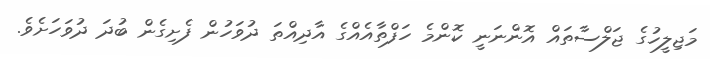
މަޖިލީހުގެ ޖަލްސާތައް އޮންނަނީ ކޮންމެ ހަފްތާއެއްގެ އާދިއްތަ ދުވަހުން ފެށިގެން ބުދަ ދުވަހަށެވެ.